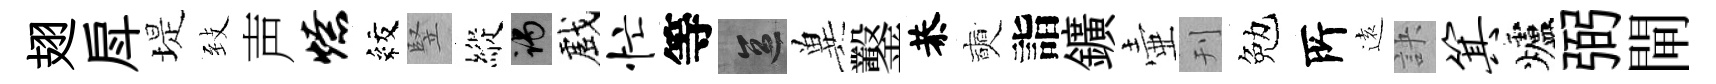
翅戽堤𦤺声燎紋竪縱谒戲忙等區兾鑿恭奭詣鑛壷刊勉𠩄逺訣箕爐弼閘